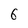
Character: 6